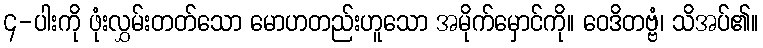
၄-ပါးကို ဖုံးလွှမ်းတတ်သော မောဟတည်းဟူသော အမိုက်မှောင်ကို။ ဝေဒိတဗ္ဗံ၊ သိအပ်၏။